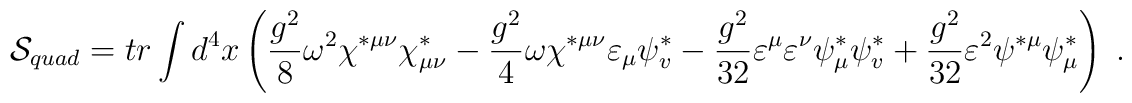
{\cal S}_{quad}=tr\int d^4x\left( \frac{g^2}8\omega ^2\chi ^{*\mu \nu }\chi_{\mu \nu }^{*}-\frac{g^2}4\omega \chi ^{*\mu \nu }\varepsilon _\mu \psi_v^{*}-\frac{g^2}{32}\varepsilon ^\mu \varepsilon ^\nu \psi _\mu ^{*}\psi_v^{*}+\frac{g^2}{32}\varepsilon ^2\psi ^{*\mu }\psi _\mu ^{*}\right) \;.